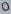
Text: 0